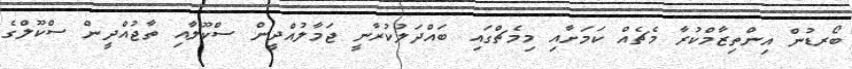
ބޯރޑުން އިންތިޒާމްކުރާ މެޗެއް ކަމަށާއި މިމެޗްގައި ބައްދަލުކުރާނީ ޖަމާލުއްދީން ސްކޫލާއި ތާޖުއްދީން ސްކޫލްގެ